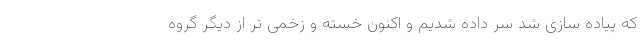
که پیاده سازی شد سُر داده شدیم و اکنون خسته و زخمی تر از دیگر گروه